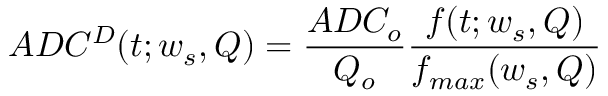
A D C ^ { D } ( t ; w _ { s } , Q ) = \frac { A D C _ { o } } { Q _ { o } } \frac { f ( t ; w _ { s } , Q ) } { f _ { m a x } ( w _ { s } , Q ) }